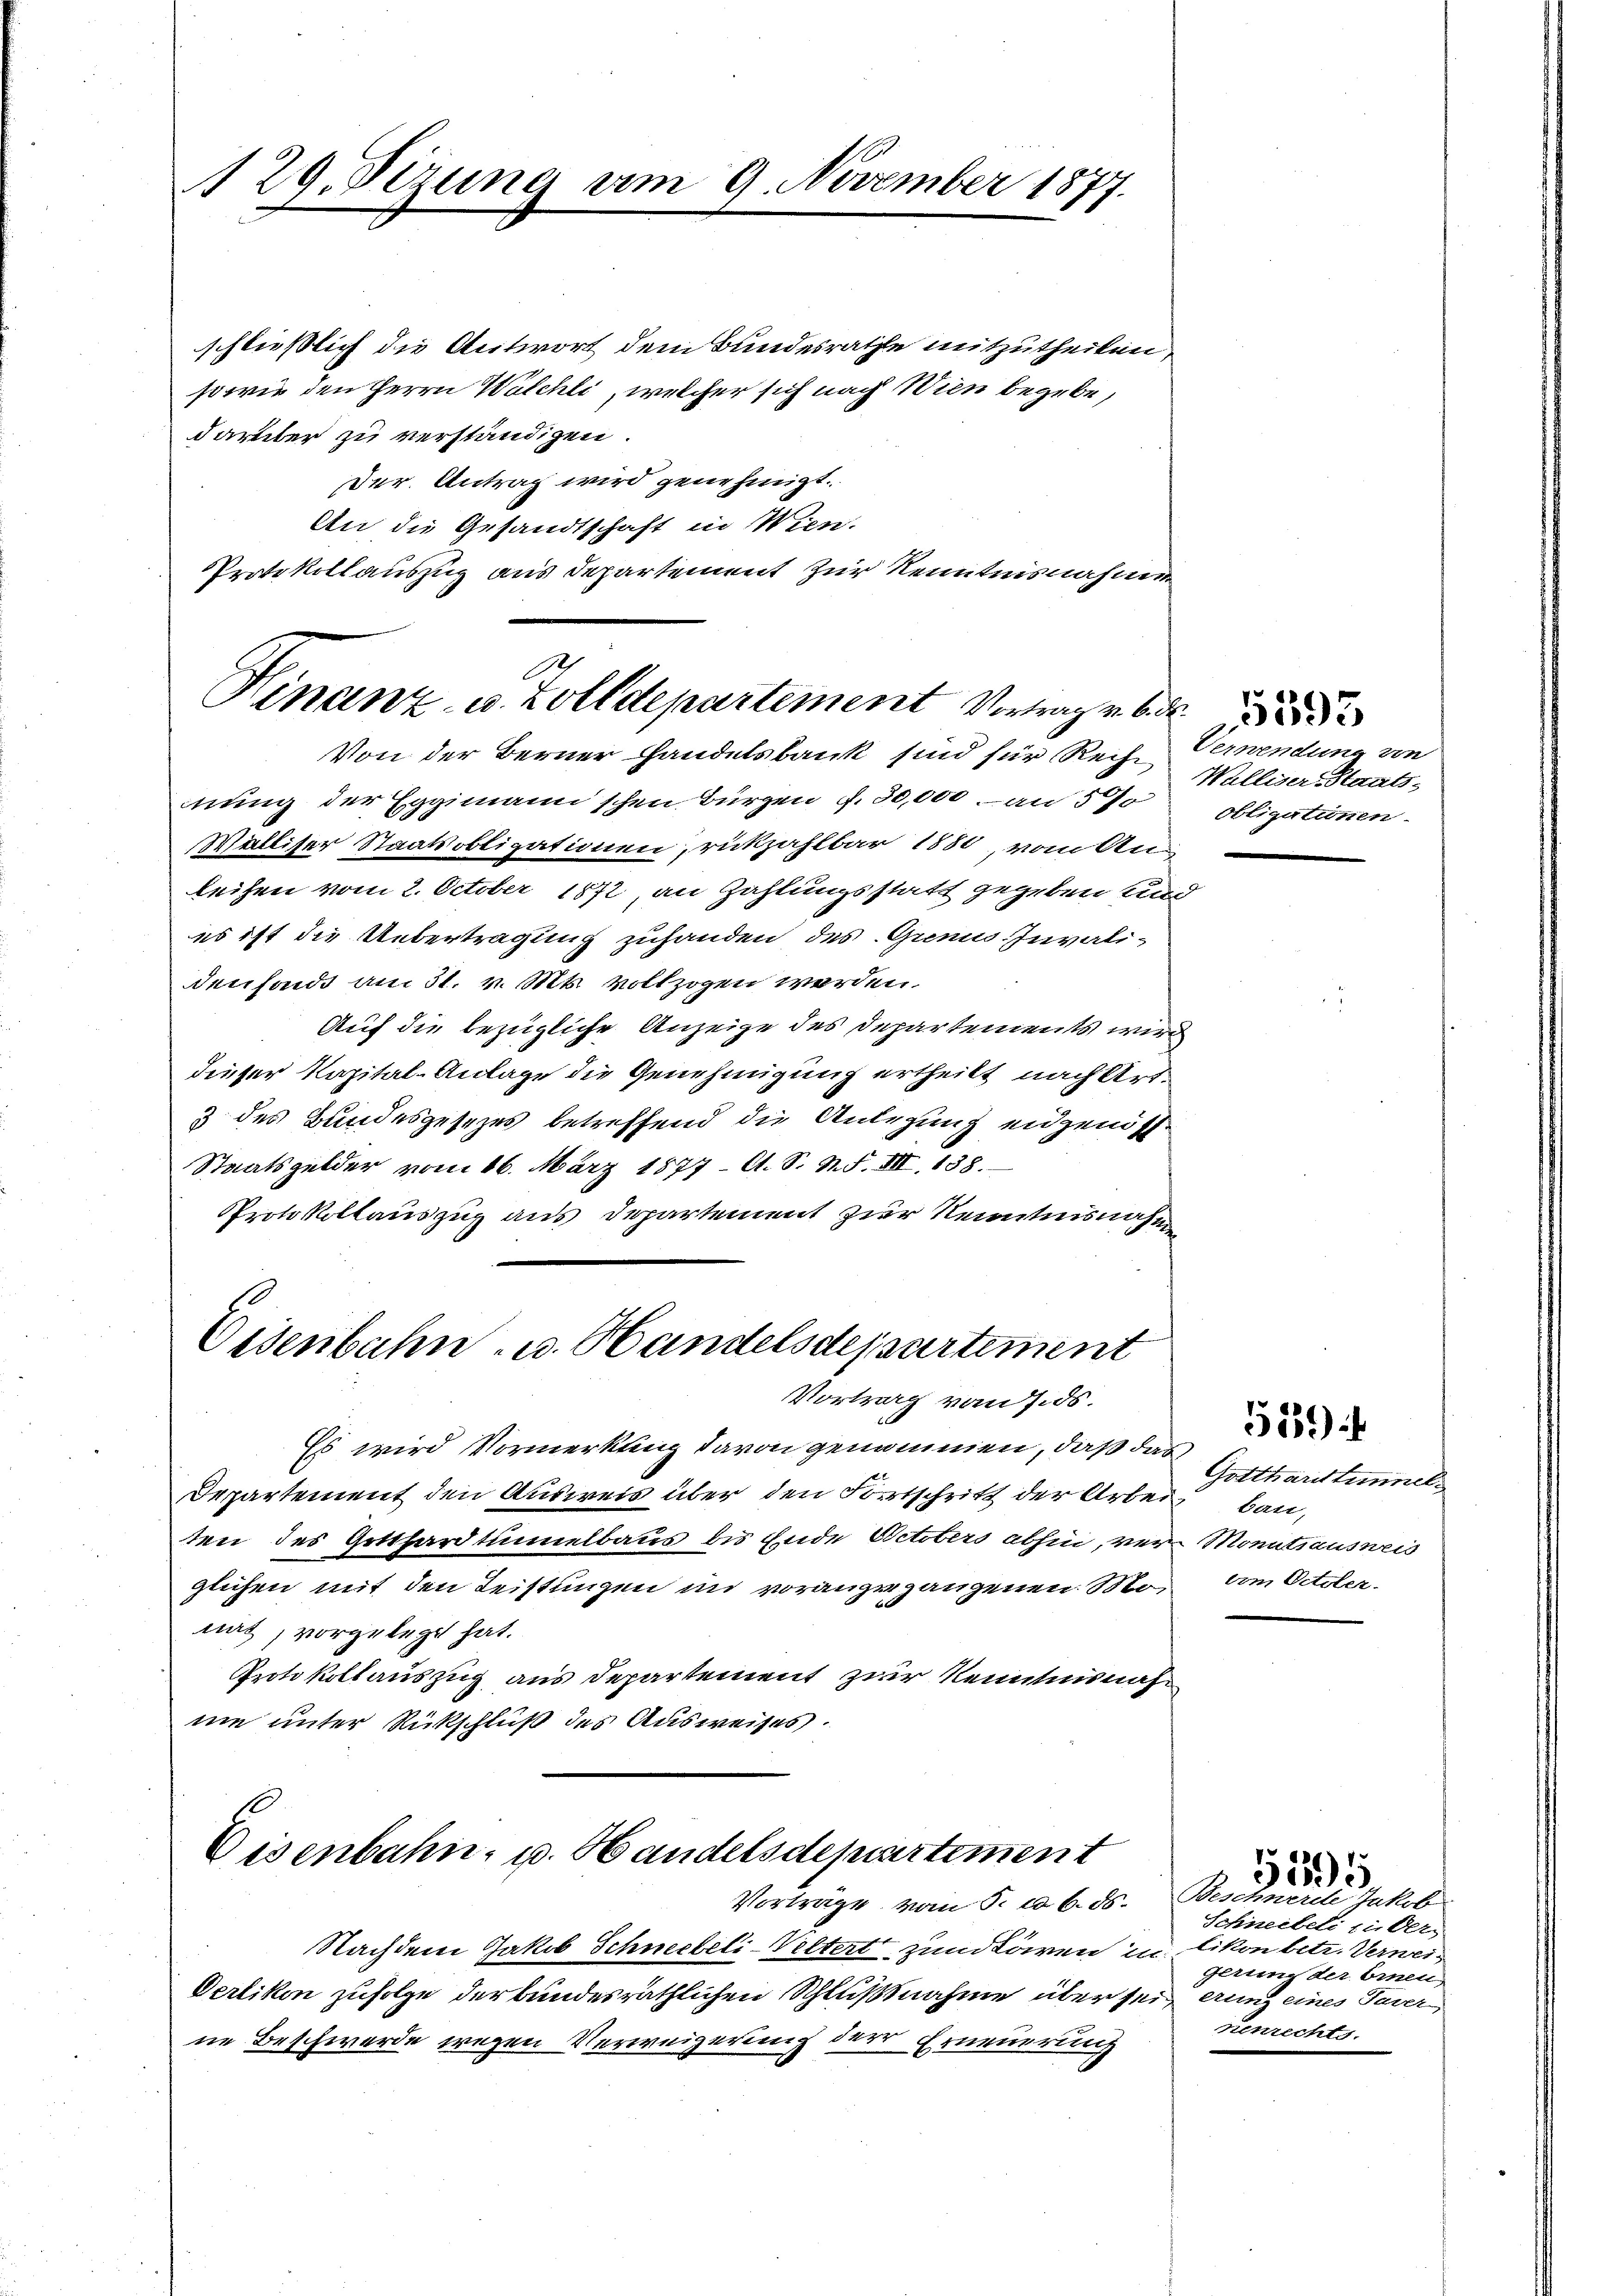
129. Sizung am 9. November 1877.

schließlich die Antwort dem Bundesrathe mitzutheilen,
sowie den Herrn Walchli, welcher sich nach Wien begebe,
darüber zu verständigen.
Der Antrag wird genehmigt.
An die Gesandtschaft in Wien.
Protokollauszug aus Departement zur Kenntnisnahme

A
Hinanz- u. Zolldepartement Vortrag v
Von der Berner Handelsbank sind für Reihe Verwendung von

nung der Eggimann'schen Bürgen f. 30,000. an 5 %
Walliser Staatsobligationen, rückzahlbar 1880, vom An-
leihen vom 2. October 1872, an Zahlungsstatt gegeben und
es ist die Uebertragung zuhanden des Grene Invalidenfonds am 31. v. Mts. vollzogen werden.
Auf die bezügliche Anzeige des Departements wird
dieser Kapital-Anlage die Genehmigung ertheilt nach Art.
3 des Bundesgesezes betreffend die Anlegung eigends
Staatsgelder vom 16. März 1877. A. S. N. F. III 138.
Protokollauszug aus Departement zur Kenntnisnahme

Eisenbahn- u. Handelsdepartement
Vortrag vom 7.ds.

Es wird Vormerkung davon genommen, daß das
Departement den Ausweis über den Fortschritt der Arbeit ban,
ten des Gotthardtunnelbaus bis Ende Octobers abhin, ver-Monitiausweis
glichen mit den Leistungen in vorangegangenen So vom October.
nat, vorgelegt hat.
Protokollauszug aus Departement zur Kenntnisnahnie unter Rückschluß des Ausweises.

Eisenbahn, u. Handelsdepartement
Vorträge vom 5. d. 6. ds.

Nachdem Jakob Schneebeli-Veltert zum Löwen in likon betr. Verwei¬
Oerlikon zufolge der bundesräthlichen Schlußnahme über sei erung eines Taver,
ne Beschwerde wegen Verweigerung der Erneuerung

Walliser-Staatsobligationen.

Gotthardtunnel

519

Beschwerde Jakob
Schneebeli zu Ver
gerung der Einen
nenrechts.

5595